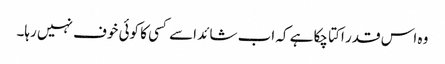
وہ اس قدر اکتا چکا ہے کہ اب شائد اسے کسی کا کوئی خوف نہیں رہا۔